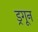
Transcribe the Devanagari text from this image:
ड्रगून